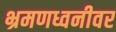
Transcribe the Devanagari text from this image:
भ्रमणध्वनीवर